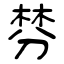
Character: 棼